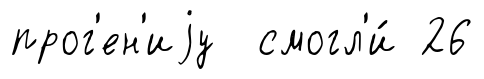
прог'ен'иjу смогл'и́ 26